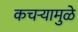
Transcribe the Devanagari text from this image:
कचऱ्यामुळे